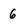
Character: 6